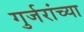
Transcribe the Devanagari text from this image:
गुर्जरांच्या